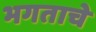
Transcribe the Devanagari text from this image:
भगताचे